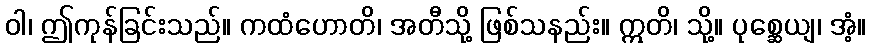
ဝါ၊ ဤကုန်ခြင်းသည်။ ကထံဟောတိ၊ အတီသို့ ဖြစ်သနည်း။ ဣတိ၊ သို့။ ပုစ္ဆေယျ၊ အံ့။